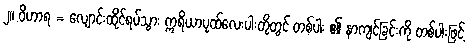
၂။ ဝိဟာရ = လျောင်းထိုင်ရပ်သွား ဣရိယာပုထ်လေးပါးတို့တွင် တစ်ပါး ၏ နာကျင်ခြင်းကို တစ်ပါးဖြင့်